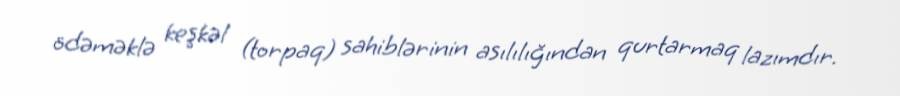
ödəməklə keşkəl (torpaq) sahiblərinin asılılığından qurtarmaq lazımdır.